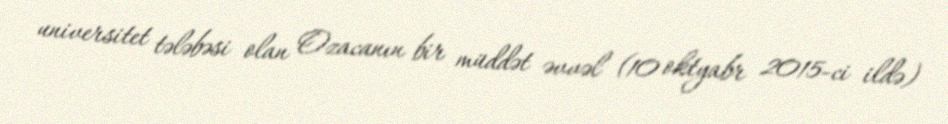
universitet tələbəsi olan Ozacanın bir müddət əvvəl (10 oktyabr 2015-ci ildə)